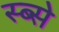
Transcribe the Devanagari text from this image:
स्ब्से